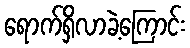
ရောက်ရှိလာခဲ့ကြောင်း